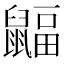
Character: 𪕲